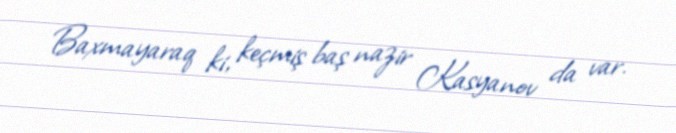
Baxmayaraq ki, keçmiş baş nazir Kasyanov da var.